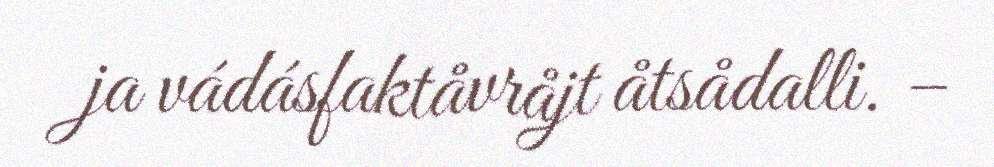
ja vádásfaktåvråjt åtsådalli. –